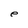
Character: e